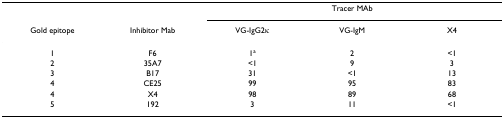
<table><thead><tr><td>[EMPTY_CELL]</td><td>[EMPTY_CELL]</td><td colspan="3"><b>Tracer MAb</b></td></tr><tr><td><b>Gold epitope</b></td><td><b>Inhibitor Mab</b></td><td><b>VG-IgG2κ</b></td><td><b>VG-IgM</b></td><td><b>X4</b></td></tr></thead><tbody><tr><td>1</td><td>F6</td><td>1<sup>a</sup></td><td>2</td><td>&lt;1</td></tr><tr><td>2</td><td>35A7</td><td>&lt;1</td><td>9</td><td>3</td></tr><tr><td>3</td><td>B17</td><td>31</td><td>&lt;1</td><td>13</td></tr><tr><td>4</td><td>CE25</td><td>99</td><td>95</td><td>83</td></tr><tr><td>4</td><td>X4</td><td>98</td><td>89</td><td>68</td></tr><tr><td>5</td><td>192</td><td>3</td><td>11</td><td>&lt;1</td></tr></tbody></table>